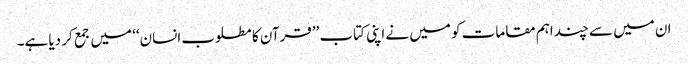
ان میں سے چند اہم مقامات کو میں نے اپنی کتاب ’’قرآن کا مطلوب انسان‘‘ میں جمع کر دیا ہے۔